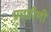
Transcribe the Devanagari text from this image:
प्रचारिणी